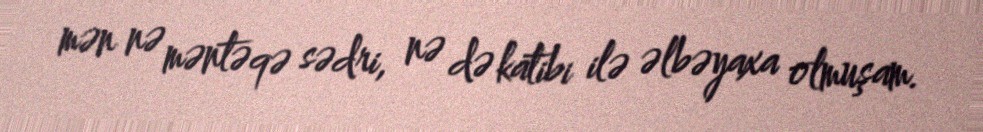
mən nə məntəqə sədri, nə də katibi ilə əlbəyaxa olmuşam.